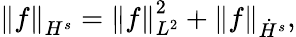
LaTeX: \left\| f\right\| _{H^{s}}=\left\| f\right\| _{L^{2}}^{2}+\left\| f\right\| _{\dot{H}^{s}},